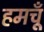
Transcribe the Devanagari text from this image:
हमचूँ